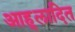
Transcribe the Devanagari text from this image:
आह्‌लादित